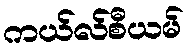
ကယ်လ်စီယမ်